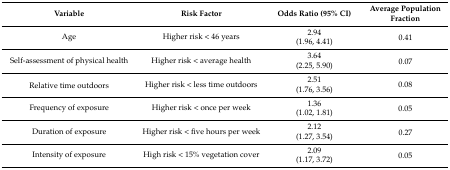
<table><thead><tr><td><b>Variable</b></td><td><b>Risk Factor</b></td><td><b>Odds Ratio (95% CI)</b></td><td><b>Average Population Fraction</b></td></tr></thead><tbody><tr><td rowspan="2">Age</td><td rowspan="2">Higher risk &lt; 46 years</td><td>2.94</td><td rowspan="2">0.41</td></tr><tr><td>(1.96, 4.41)</td></tr><tr><td rowspan="2">Self-assessment of physical health</td><td rowspan="2">Higher risk &lt; average health</td><td>3.64</td><td rowspan="2">0.07</td></tr><tr><td>(2.25, 5.90)</td></tr><tr><td rowspan="2">Relative time outdoors</td><td rowspan="2">Higher risk &lt; less time outdoors</td><td>2.51</td><td rowspan="2">0.08</td></tr><tr><td>(1.76, 3.56)</td></tr><tr><td rowspan="2">Frequency of exposure</td><td rowspan="2">Higher risk &lt; once per week</td><td>1.36</td><td rowspan="2">0.05</td></tr><tr><td>(1.02, 1.81)</td></tr><tr><td rowspan="2">Duration of exposure</td><td rowspan="2">Higher risk &lt; five hours per week</td><td>2.12</td><td rowspan="2">0.27</td></tr><tr><td>(1.27, 3.54)</td></tr><tr><td rowspan="2">Intensity of exposure</td><td rowspan="2">High risk &lt; 15% vegetation cover</td><td>2.09</td><td rowspan="2">0.05</td></tr><tr><td>(1.17, 3.72)</td></tr></tbody></table>